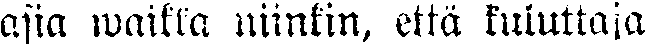
asia waikka niinkin, että kuluttaja